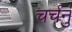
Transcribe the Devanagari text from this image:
चर्चनुं